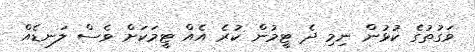
ވަގުތުގެ ކުޅުން ނިމި ދެ ޓީމުން ކުރެ އެއް ޓީމަކަށް ވެސް ލަނޑެއް